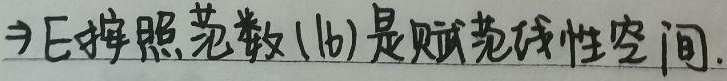
$\Rightarrow$E按照范数(16)是赋范线性空间.